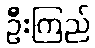
ဦးကြည်